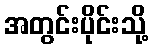
အတွင်းပိုင်းသို့